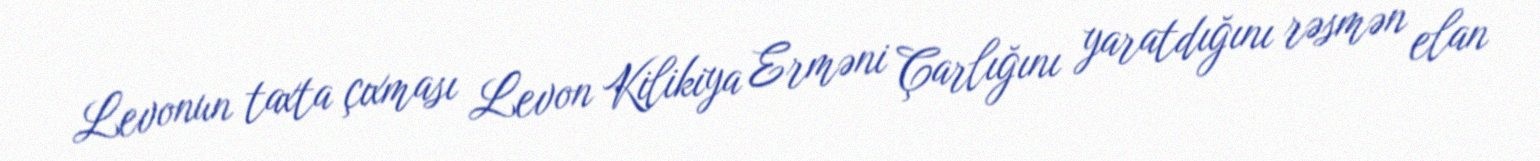
Levonun taxta çıxması Levon Kilikiya Erməni Çarlığını yaratdığını rəsmən elan